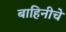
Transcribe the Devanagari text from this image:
बाहिनीचे